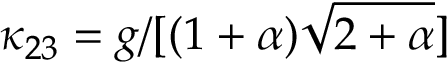
\kappa _ { 2 3 } = g / [ ( 1 + \alpha ) \sqrt { 2 + \alpha } ]